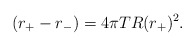
\begin{align*}(r_+ - r_-) = 4\pi T R(r_+)^2.\end{align*}